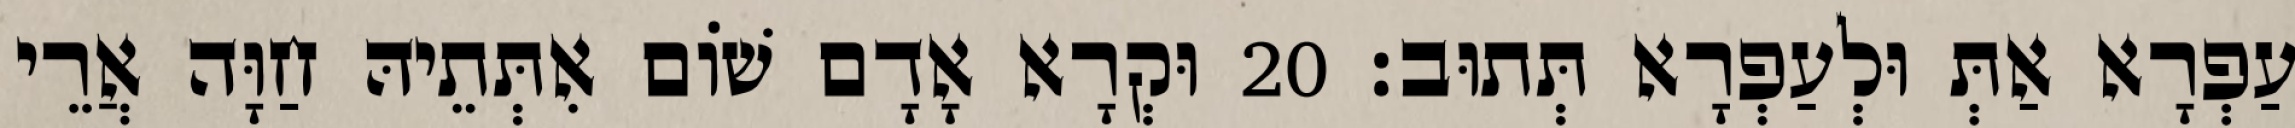
עַפְרָא אַתְּ וּלְעַפְרָא תְּתוּב׃ 20 וּקְרָא אָדָם שׁוֹם אִתְּתֵיהּ חַוָּה אֲרֵי